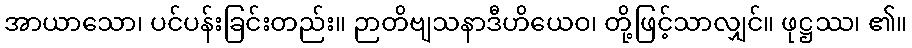
အာယာသော၊ ပင်ပန်းခြင်းတည်း။ ဉာတိဗျသနာဒီဟိယေဝ၊ တို့ဖြင့်သာလျှင်။ ဖုဋ္ဌဿ၊ ၏။